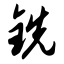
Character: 铣